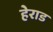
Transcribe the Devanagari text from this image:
हेराड